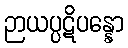
ဉာယပ္ပဋိပန္နော